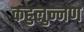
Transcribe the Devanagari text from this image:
कहुलुन्नण